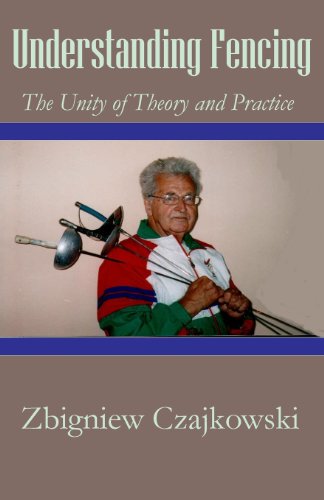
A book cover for Understanding Fencing; Zbigniew Czajkowski; Sports & Outdoors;